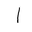
Letter: _alif